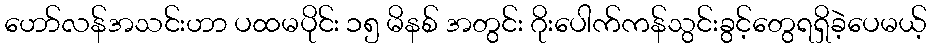
ဟော်လန်အသင်းဟာ ပထမပိုင်း ၁၅ မိနစ် အတွင်း ဂိုးပေါက်ကန်သွင်းခွင့်တွေရရှိခဲ့ပေမယ့်